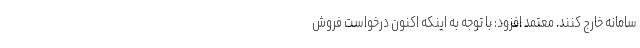
سامانه خارج کنند. معتمد افزود: با توجه به اینکه اکنون درخواست فروش